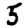
Digit: 5